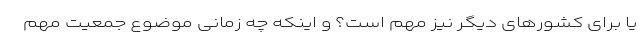
یا برای کشورهای دیگر نیز مهم است؟ و اینکه چه زمانی موضوع جمعیت مهم